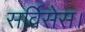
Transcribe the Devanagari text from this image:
सर्विसेस।